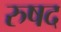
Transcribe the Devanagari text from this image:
रुषद